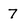
Character: 7